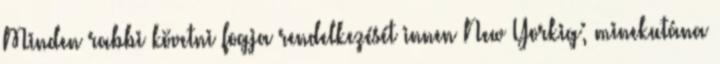
Minden rabbi követni fogja rendelkezését innen New Yorkig; minekutána